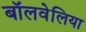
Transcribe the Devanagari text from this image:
बॉलवेलिया